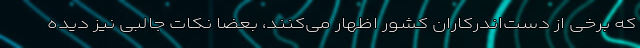
که برخی از دست‌اندرکاران کشور اظهار می‌کنند، بعضا نکات جالبی نیز دیده